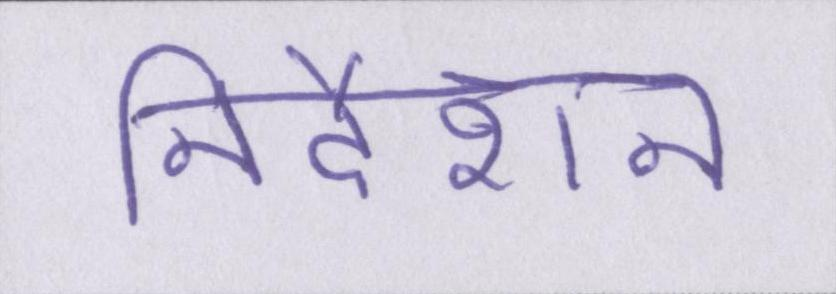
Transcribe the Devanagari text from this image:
निर्देशन